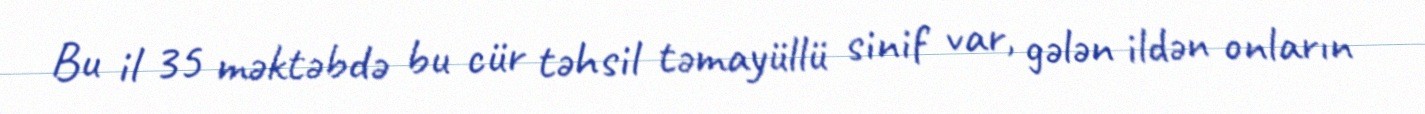
Bu il 35 məktəbdə bu cür təhsil təmayüllü sinif var, gələn ildən onların